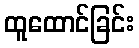
ထူထောင်ခြင်း